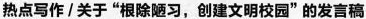
热点写作/关于”根除陋习，创建文明校园”的发言稿